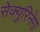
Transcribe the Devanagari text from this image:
सेक्युरिनेगा